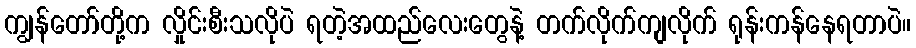
ကျွန်တော်တို့က လှိုင်းစီးသလိုပဲ ရတဲ့အထည်လေးတွေနဲ့ တက်လိုက်ကျလိုက် ရုန်းကန်နေရတာပဲ။